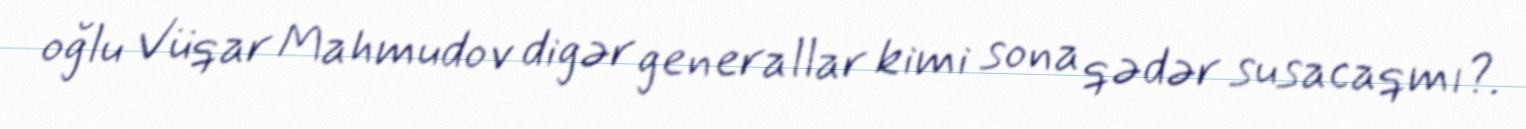
oğlu Vüqar Mahmudov digər generallar kimi sona qədər susacaqmı?.